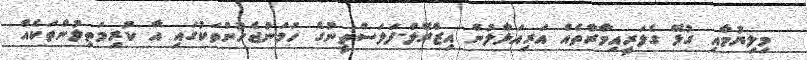
މިލިޔުމާއި ގުޅޭ ގެލަރީއިމާރާތެއް އަރިއަޅާލުން އިޒްރޭލް-ފަލަސްތީނުގެ ހަމަނުޖެހުންތަކުގައި އާ ކުރިމަތިލުންތަކެއް